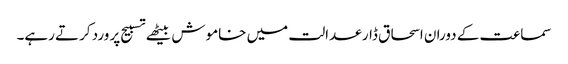
سماعت کے دوران اسحاق ڈار عدالت میں خاموش بیٹھے تسبیح پر ورد کرتے رہے۔